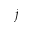
^ j